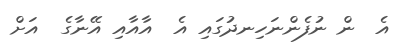
އެ  ން ނުފެންނަހިނދުގައި އެ  އާއާއި އޭނާގެ  އަށް